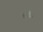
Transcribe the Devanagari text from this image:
हसों